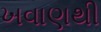
ખવાણથી